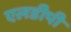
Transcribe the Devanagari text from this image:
एलडीपी